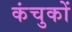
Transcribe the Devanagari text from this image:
कंचुकों